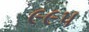
૯૯૫